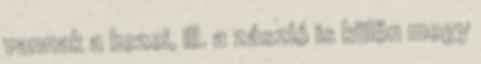
vannak a kezei, ill. a zászló is külön megy